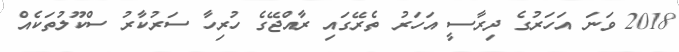
2018 ވަނަ އަހަރުގެ ދިރާސީ އަހަރު ތެރޭގައި ރާއްޖޭގެ ހުރިހާ ސަރުކާރު ސްކޫލުތަކެއް